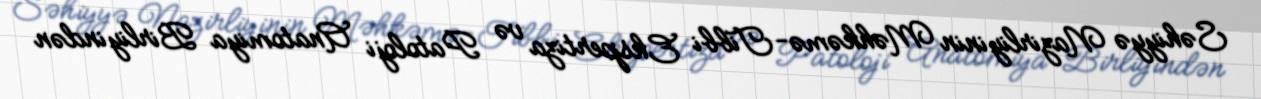
Səhiyyə Nazirliyinin Məhkəmə-Tibbi Ekspertiza və Patoloji Anatomiya Birliyindən